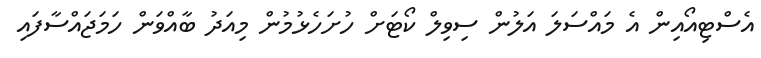
އެސްޓިއޯއިން އެ މައްސަލަ އަލުން ސިވިލް ކޯޓަށް ހުށަހެޅުމުން މިއަދު ބާއްވަން ހަމަޖައްސާފައި